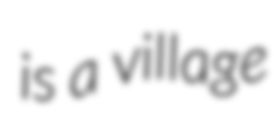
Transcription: is a village